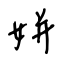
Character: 姘